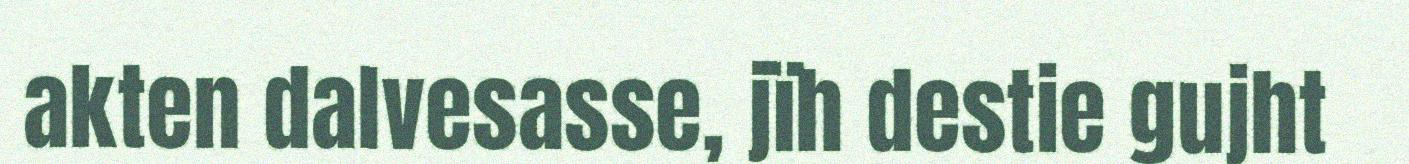
akten dalvesasse, jïh destie gujht